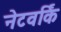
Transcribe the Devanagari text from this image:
नेटवर्किं